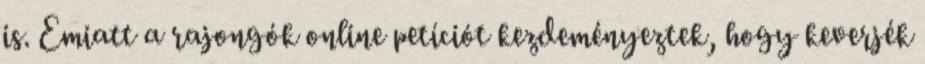
is. Emiatt a rajongók online petíciót kezdeményeztek, hogy keverjék